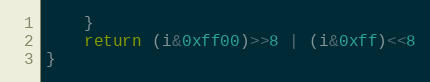
Language: Go
	}
	return (i&0xff00)>>8 | (i&0xff)<<8
}